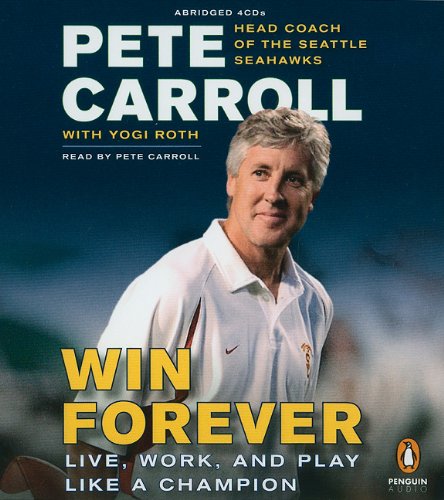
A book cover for Win Forever: Live, Work, and Play Like a Champion; Peter N. Carroll; Sports & Outdoors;